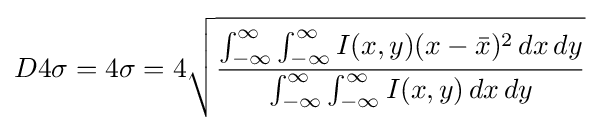
D4\sigma =4\sigma =4{\sqrt {\frac {\int _{-\infty }^{\infty }\int _{-\infty }^{\infty }I(x,y)(x-{\bar {x}})^{2}\,dx\,dy}{\int _{-\infty }^{\infty }\int _{-\infty }^{\infty }I(x,y)\,dx\,dy}}}